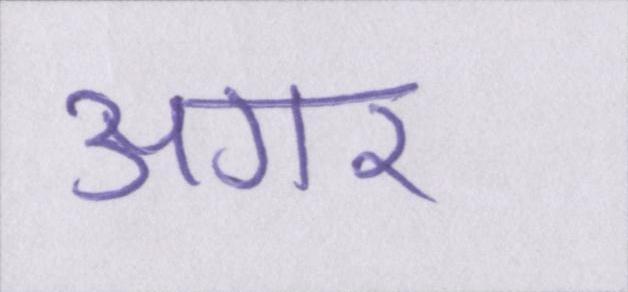
अगर